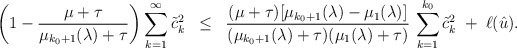
\begin{align*}\left( 1 - \frac{\mu+\tau}{ \mu_{k_0+1}(\lambda) + \tau} \right) \sum_{k=1}^\infty \tilde{c}_k^2 \; \; \leq \; \; \frac{ (\mu+\tau)[ \mu_{k_0+1}(\lambda) - \mu_1(\lambda) ] }{ (\mu_{k_0+1}(\lambda) + \tau)(\mu_1(\lambda) + \tau) } \, \sum_{k=1}^{k_0} \tilde{c}_k^2 \; + \; \ell(\hat{u}).\end{align*}